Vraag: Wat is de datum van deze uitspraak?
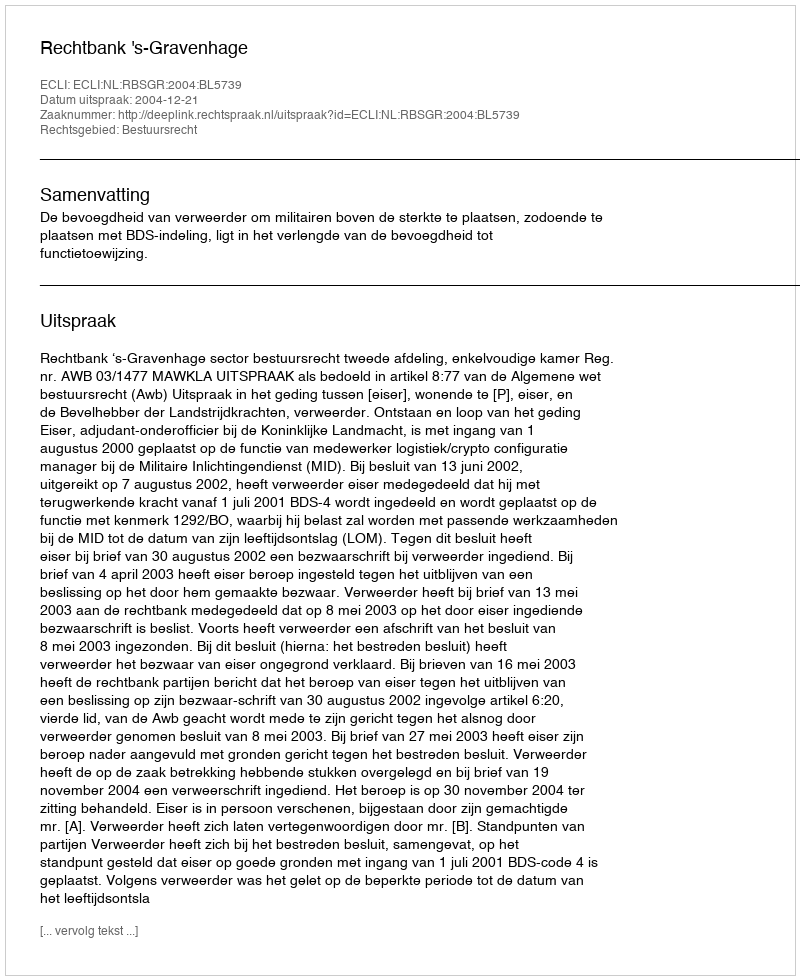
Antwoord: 2004-12-21